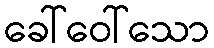
ခေါ်ဝေါ်သော